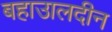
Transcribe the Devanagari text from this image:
बहाउालदीन